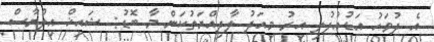
އެ ދުވަހު އަޑުއުފުލި އިރު މިއަދު ލާދިއްޔަތުކަން މާ ބޮޑު: ޝައިޚް އިލްޔާސް